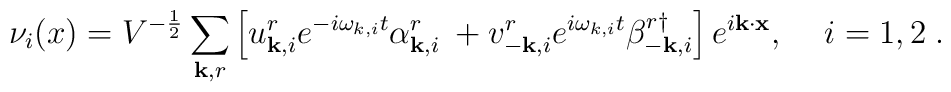
\nu_{i}(x) =   V^{-\frac{1}{2}} \sum_{{\bf k},r}\left[u^{r}_{{\bf k},i}e^{-i\omega_{k,i} t} \alpha^{r}_{{\bf k},i}\:+   v^{r}_{-{\bf k},i}e^{i\omega_{k,i} t}\beta^{r\dag }_{-{\bf k},i} \right] e^{i {\bf k}\cdot{\bf x}} , \; \; \; ~  i=1,2 \;.